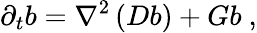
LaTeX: \partial_{t}b=\nabla^{2}\left(Db\right)+Gb\ ,